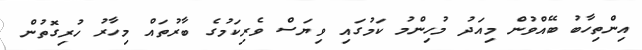
އިންތިހާބު ބޭއްވުން މިއަދު މުހިންމު ކަމުގައި ވިޔަސް ވެރިކަމުގެ ބާރުތައް މިހާރު ހުރިގޮތުން